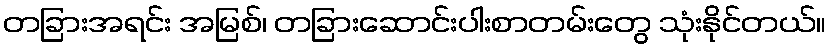
တခြားအရင်း အမြစ်၊ တခြားဆောင်းပါးစာတမ်းတွေ သုံးနိုင်တယ်။